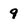
Character: 9